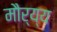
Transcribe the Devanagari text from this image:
मौर्य्य